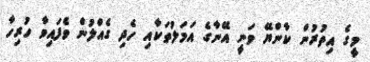
މީގެ އިތުރުން ކާންޔޭ ވަނީ އޭނާގެ އަމަލުތަކާއި ހެދި ގެއްލުން ވެފައިވާ ހުރިހާ